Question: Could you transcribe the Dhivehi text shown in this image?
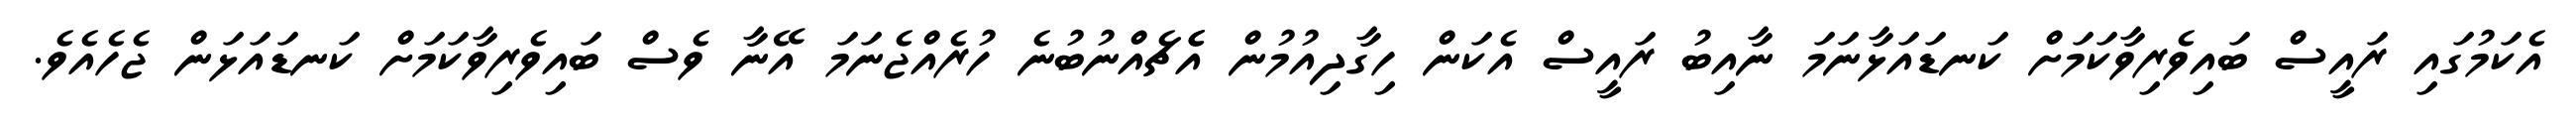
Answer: އެކަމުގައި ރައީސް ބައިވެރިވާކަމަށް ކަނޑައަޅާނަމަ ނާއިބު ރައީސް އެކަން ހިގާދިއުމުން އެެޗެއްނުބުނެ ހުރެއްޖެނަމަ އޭނާ ވެސް ބައިވެރިވާކަމަށް ކަނޑައަޅަން ޖެހެއެވެ.